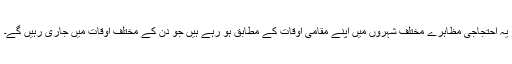
یہ احتجاجی مظاہرے مختلف شہروں میں اپنے مقامی اوقات کے مطابق ہو رہے ہیں جو دن کے مختلف اوقات میں جاری رہیں گے۔